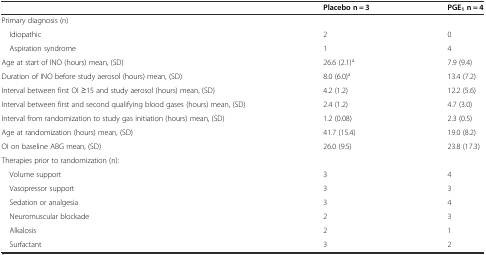
<table><thead><tr><td></td><td><b>Placebo n = 3</b></td><td><b>PGE<sub>1</sub>n = 4</b></td></tr></thead><tbody><tr><td>Primary diagnosis (n)</td><td></td><td></td></tr><tr><td> Idiopathic</td><td>2</td><td>0</td></tr><tr><td> Aspiration syndrome</td><td>1</td><td>4</td></tr><tr><td>Age at start of INO (hours) mean, (SD)</td><td>26.6 (2.1)<sup>a</sup></td><td>7.9 (9.4)</td></tr><tr><td>Duration of INO before study aerosol (hours) mean, (SD)</td><td>8.0 (6.0)<sup>a</sup></td><td>13.4 (7.2)</td></tr><tr><td>Interval between first OI ≥15 and study aerosol (hours) mean, (SD)</td><td>4.2 (1.2)</td><td>12.2 (5.6)</td></tr><tr><td>Interval between first and second qualifying blood gases (hours) mean, (SD)</td><td>2.4 (1.2)</td><td>4.7 (3.0)</td></tr><tr><td>Interval from randomization to study gas initiation (hours) mean, (SD)</td><td>1.2 (0.08)</td><td>2.3 (0.5)</td></tr><tr><td>Age at randomization (hours) mean, (SD)</td><td>41.7 (15.4)</td><td>19.0 (8.2)</td></tr><tr><td>OI on baseline ABG mean, (SD)</td><td>26.0 (9.5)</td><td>23.8 (17.3)</td></tr><tr><td>Therapies prior to randomization (n):</td><td></td><td></td></tr><tr><td> Volume support</td><td>3</td><td>4</td></tr><tr><td> Vasopressor support</td><td>3</td><td>3</td></tr><tr><td> Sedation or analgesia</td><td>3</td><td>4</td></tr><tr><td> Neuromuscular blockade</td><td>2</td><td>3</td></tr><tr><td> Alkalosis</td><td>2</td><td>1</td></tr><tr><td> Surfactant</td><td>3</td><td>2</td></tr></tbody></table>